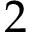
2